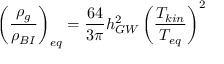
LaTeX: \left( { \frac { \rho _ { g } } { \rho _ { B I } } } \right) _ { e q } = { \frac { 6 4 } { 3 \pi } } h _ { G W } ^ { 2 } \left( { \frac { T _ { k i n } } { T _ { e q } } } \right) ^ { 2 }